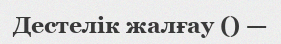
Дестелік жалғау () —